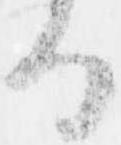
る